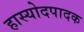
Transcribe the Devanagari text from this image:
हास्योदपादक